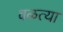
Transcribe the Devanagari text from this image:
वळत्या